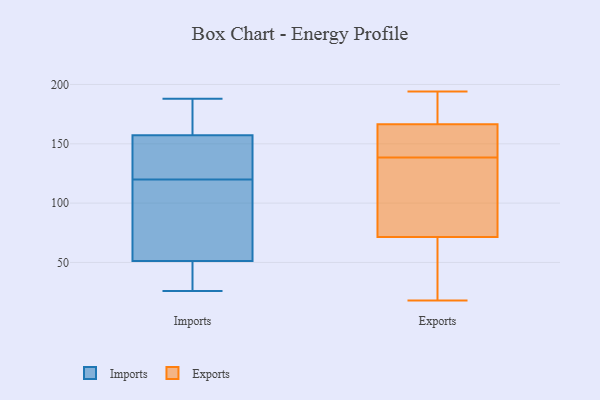
{"axis": {"x": "Satisfaction Score", "y": "Value"}, "legend": ["Exports", "Imports"], "data": [{"x": "", "y": 26, "type": "Imports"}, {"x": "", "y": 154, "type": "Imports"}, {"x": "", "y": 66, "type": "Imports"}, {"x": "", "y": 120, "type": "Imports"}, {"x": "", "y": 147, "type": "Imports"}, {"x": "", "y": 167, "type": "Imports"}, {"x": "", "y": 68, "type": "Imports"}, {"x": "", "y": 177, "type": "Imports"}, {"x": "", "y": 154, "type": "Imports"}, {"x": "", "y": 188, "type": "Imports"}, {"x": "", "y": 53, "type": "Imports"}, {"x": "", "y": 36, "type": "Imports"}, {"x": "", "y": 46, "type": "Imports"}, {"x": "", "y": 184, "type": "Exports"}, {"x": "", "y": 21, "type": "Exports"}, {"x": "", "y": 51, "type": "Exports"}, {"x": "", "y": 18, "type": "Exports"}, {"x": "", "y": 157, "type": "Exports"}, {"x": "", "y": 65, "type": "Exports"}, {"x": "", "y": 138, "type": "Exports"}, {"x": "", "y": 78, "type": "Exports"}, {"x": "", "y": 165, "type": "Exports"}, {"x": "", "y": 168, "type": "Exports"}, {"x": "", "y": 45, "type": "Exports"}, {"x": "", "y": 172, "type": "Exports"}, {"x": "", "y": 114, "type": "Exports"}, {"x": "", "y": 120, "type": "Exports"}, {"x": "", "y": 155, "type": "Exports"}, {"x": "", "y": 194, "type": "Exports"}, {"x": "", "y": 84, "type": "Exports"}, {"x": "", "y": 139, "type": "Exports"}, {"x": "", "y": 189, "type": "Exports"}, {"x": "", "y": 163, "type": "Exports"}]}